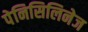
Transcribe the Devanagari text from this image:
पेनिसिलिनेज